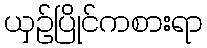
ယှဉ်ပြိုင်ကစားရာ